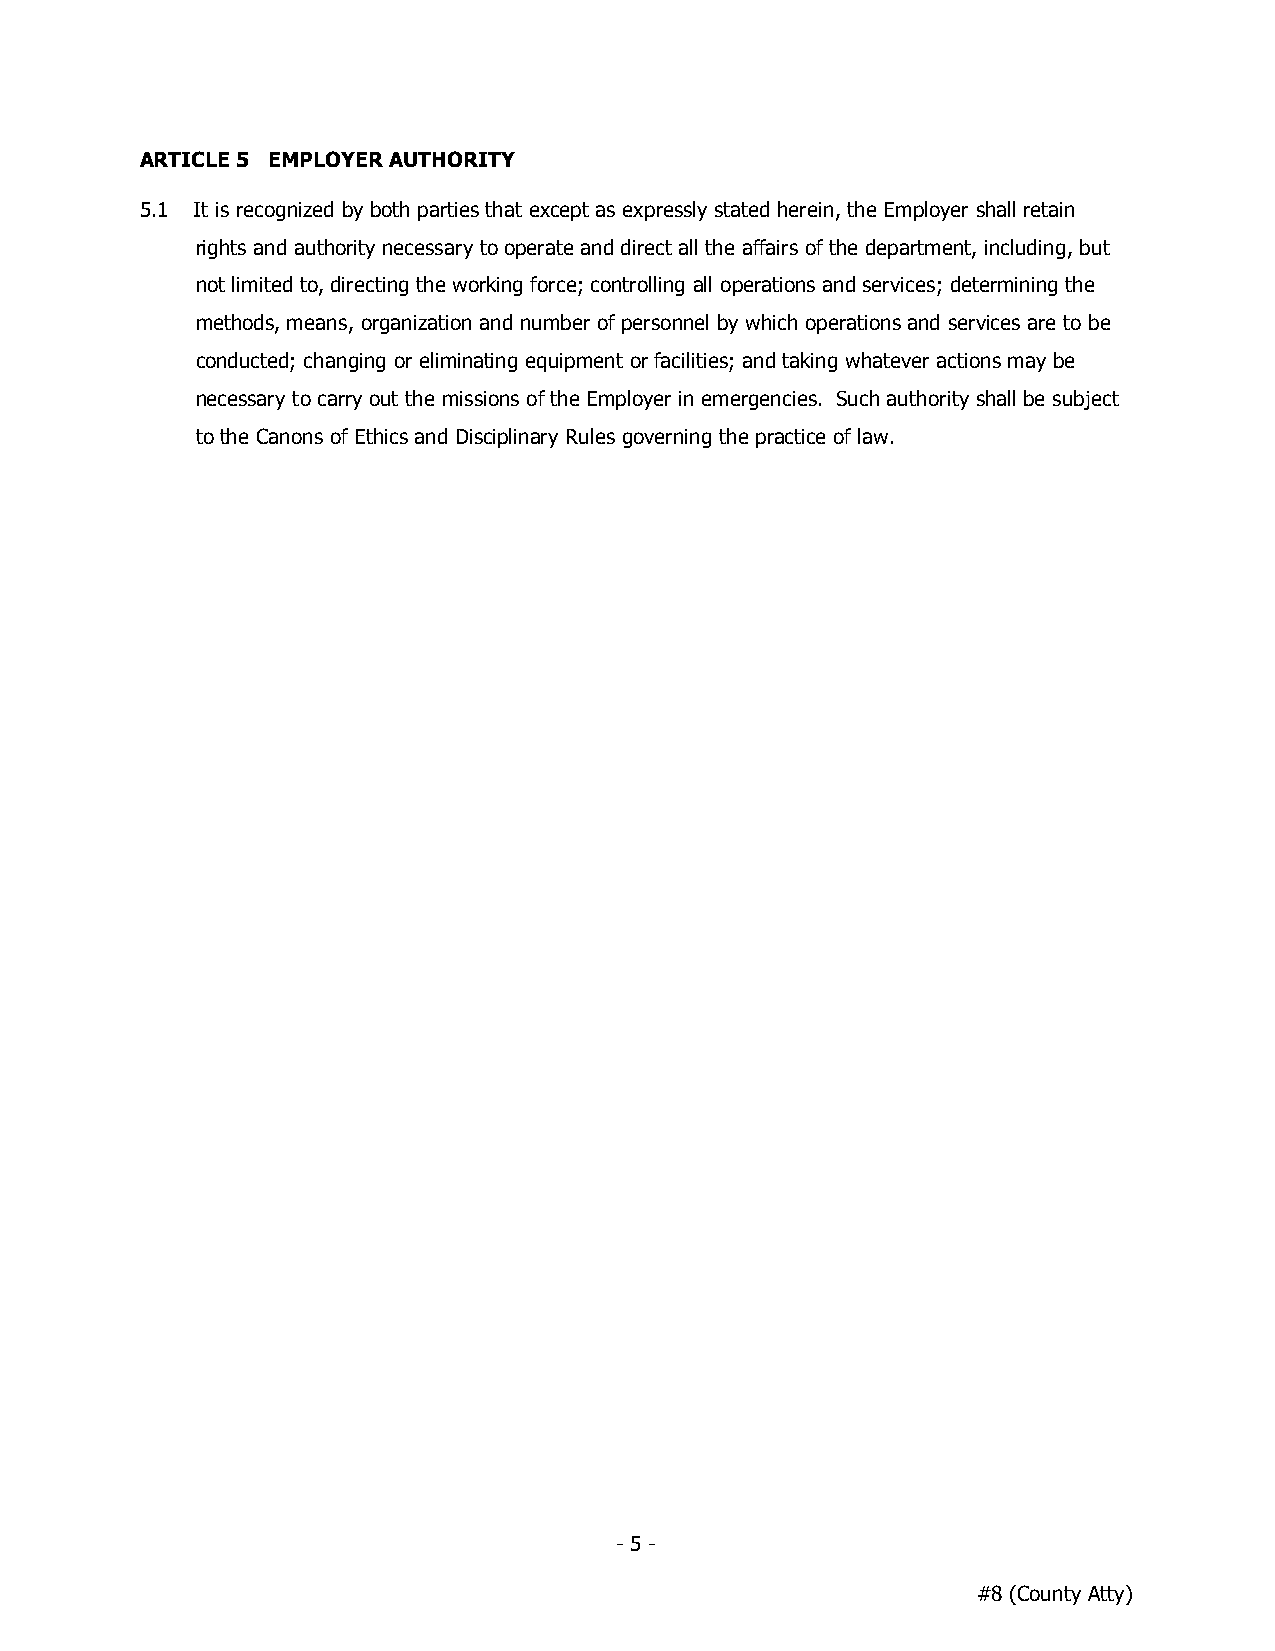
ARTICLE 5 EMPLOYER AUTHORITY
 5.1 It is recognized by both parties that except as expressly stated herein, the Employer shall retain
 rights and authority necessary to operate and direct all the affairs of the department, including, but
 not limited to, directing the working force; controlling all operations and services; determining the
 methods, means, organization and number of personnel by which operations and services are to be
 conducted; changing or eliminating equipment or facilities; and taking whatever actions may be
 necessary to carry out the missions of the Employer in emergencies. Such authority shall be subject
 to the Canons of Ethics and Disciplinary Rules governing the practice of law.
 - 5 -
 #8 (County Atty)